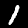
Digit: 1